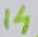
Text: 14